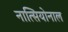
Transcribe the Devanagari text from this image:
नात्सियोनाल